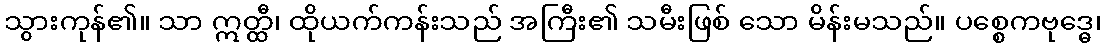
သွားကုန်၏။ သာ ဣတ္ထီ၊ ထိုယက်ကန်းသည် အကြီး၏ သမီးဖြစ် သော မိန်းမသည်။ ပစ္စေကဗုဒ္ဓေ၊